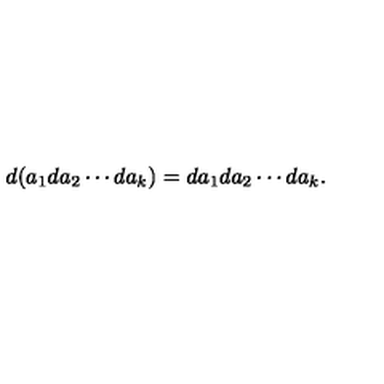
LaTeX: d ( a _ { 1 } d a _ { 2 } \cdots d a _ { k } ) = d a _ { 1 } d a _ { 2 } \cdots d a _ { k } .